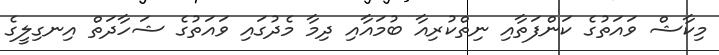
މިކާޝް ވައަތުގެ ކަންފަތާއި ނިތްކުރިއާ ބުމައާއި ދިމާ މެދުގައި ވައަތުގެ ޝަހާދަތް އިނގިލީގެ